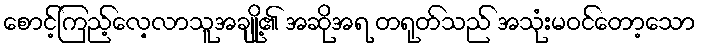
စောင့်ကြည့်လေ့လာသူအချို့၏ အဆိုအရ တရုတ်သည် အသုံးမဝင်တော့သော